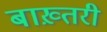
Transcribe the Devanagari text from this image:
बाख़्तरी